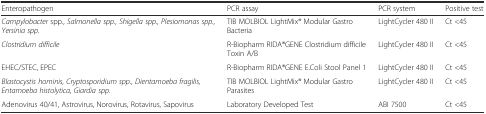
| Enteropathogen | PCR assay | PCR system | Positive test |
 | --- | --- | --- | --- |
 | Campylobacter spp., Salmonella spp., Shigella spp., Plesiomonas spp., Yersinia spp. | TIB MOLBIOL LightMix® Modular Gastro Bacteria | LightCycler 480 II | Ct <45 |
 | Clostridium difficile | R-Biopharm RIDA®GENE Clostridium difficile Toxin A/B | LightCycler 480 II | Ct <45 |
 | EHEC/STEC, EPEC | R-Biopharm RIDA®GENE E.Coli Stool Panel 1 | LightCycler 480 II | Ct <45 |
 | Blastocystis hominis, Cryptosporidium spp., Dientamoeba fragilis, Entamoeba histolytica, Giardia spp. | TIB MOLBIOL LightMix® Modular Gastro Parasites | LightCycler 480 II | Ct <45 |
 | Adenovirus 40/41, Astrovirus, Norovirus, Rotavirus, Sapovirus | Laboratory Developed Test | ABI 7500 | Ct <45 |